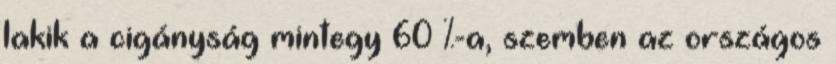
lakik a cigányság mintegy 60 %-a, szemben az országos